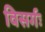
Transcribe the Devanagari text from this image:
विसर्गः